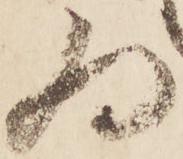
為